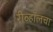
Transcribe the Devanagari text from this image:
रीव्हॉलचा